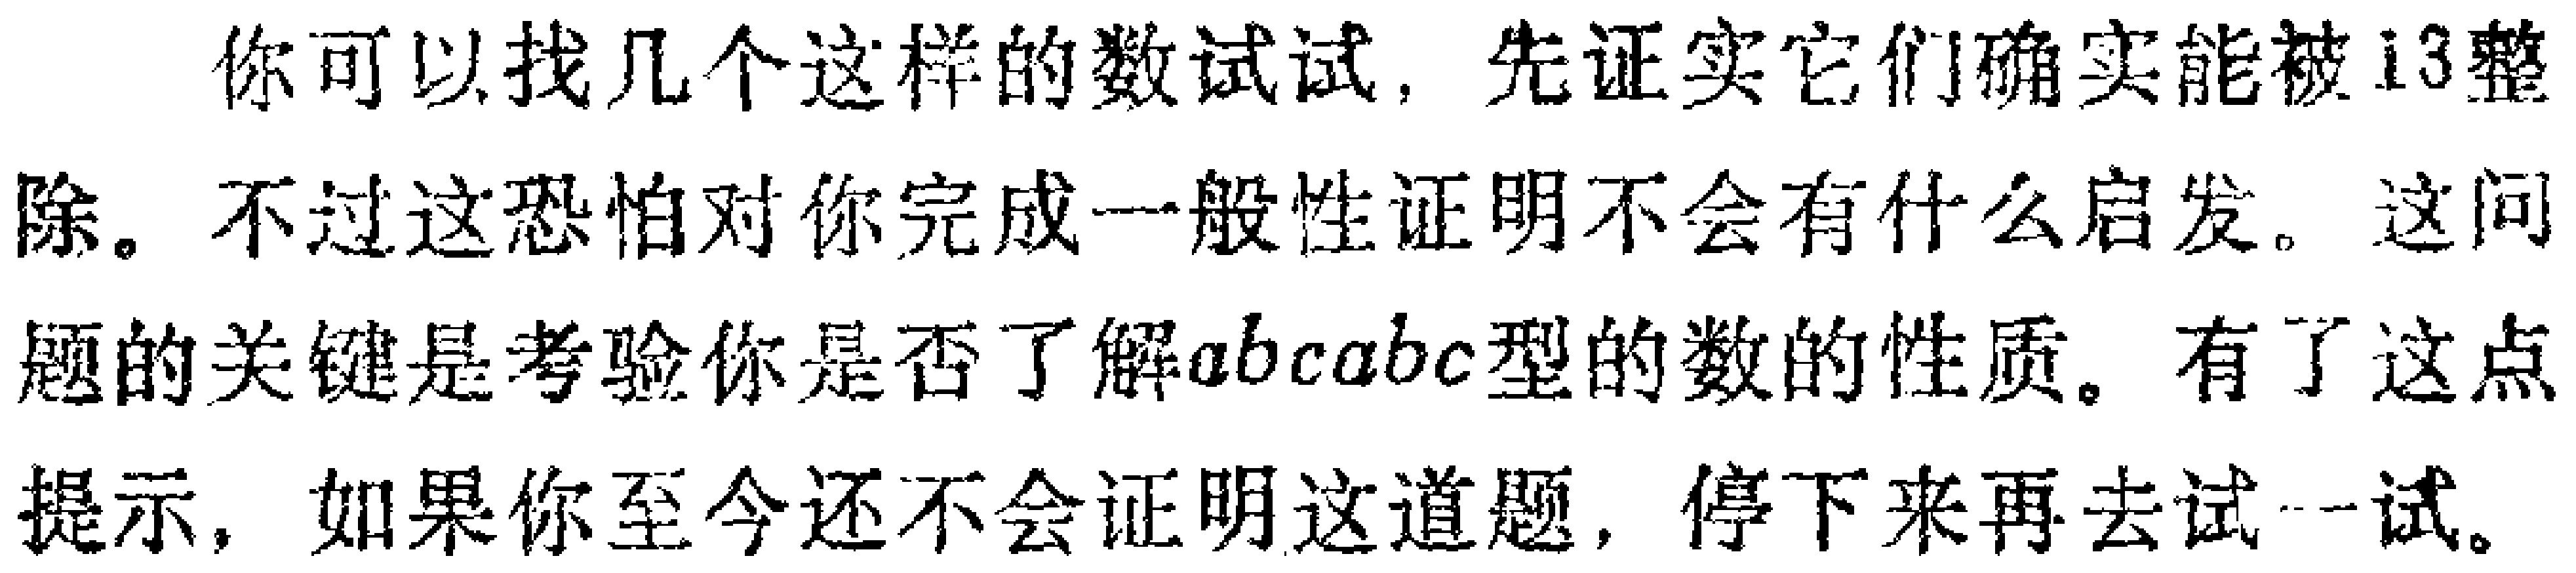
你可以找几个这样的数试试，先证实它们确实能被13整除。不过这恐怕对你完成一般性证明不会有什么启发。这问题的关键是考验你是否了解\(abcabc\)型的数的性质。有了这点提示，如果你至今还不会证明这道题，停下来再去试一试。